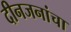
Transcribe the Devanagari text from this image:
दीनजनांचा